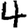
Digit: 4